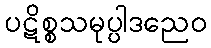
ပဋိစ္စသမုပ္ပါဒညေဝ